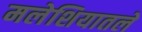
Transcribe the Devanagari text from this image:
मलेशियातले